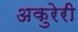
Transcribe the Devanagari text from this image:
अकुरेरी